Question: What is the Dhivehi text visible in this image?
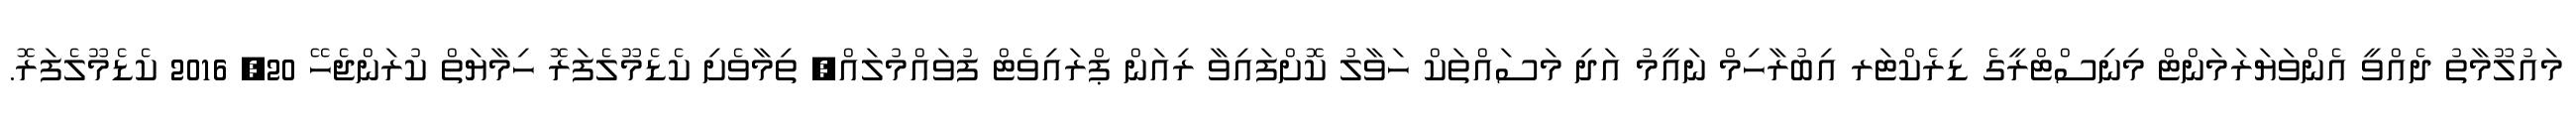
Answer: މައުލޫމާތު ދެއްވީ އެންވަޔަރަމަންޓް މިނިސްޓްރީގެ ޑިރެކްޓަރ އިބުރާހިމް ނައީމު އަދި މަސައްތަކް ހަވާލު ކޮށްފައިވާ ރިއަން ޕްރައިވެޓް ފުވައްމުލައް, ތިމާވެށި ކެޑެމޫލެފަރޮ ހިމާޔަތް ކުރަންޖެހޭ 20, 2016 ކެޑެމޫލެފަރޮ.